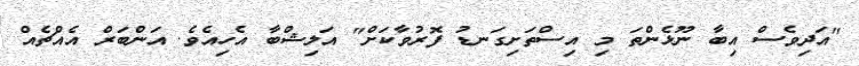
"އަދިވެސް އިބާ ނޫޅެންތަ މި އިސްތަށިގަނޑު ފޮރުވާކަށް" އަލިޝްބާ އެހިއެވެ. އަންބަރް އެއްޗެއް